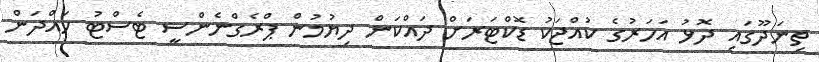
ތިނަދޫގައި ދޮޅު އަހަރުގެ ކުއްޖަކު ޑޮކްޓަރަށް ދައްކަން ދިޔުމުން ޕްރެގްނެންސީ ޓެސްޓު ހައްދަން